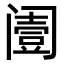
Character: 𨸌